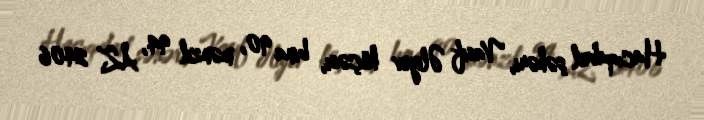
Hacıqabul şəhəri, Vasif Əliyev küçəsi, bina 90, mənzil 94, AZ 2406